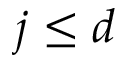
j \le d